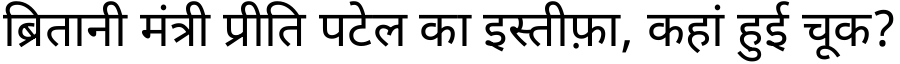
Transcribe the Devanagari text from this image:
ब्रितानी मंत्री प्रीति पटेल का इस्तीफ़ा, कहां हुई चूक?